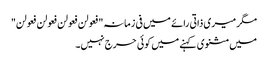
مگر میری ذاتی رائے میں فی زمانہ"فعولن فعولن فعولن فعولن"
میں مثنوی کہنے میں کوئی حرج نہیں۔